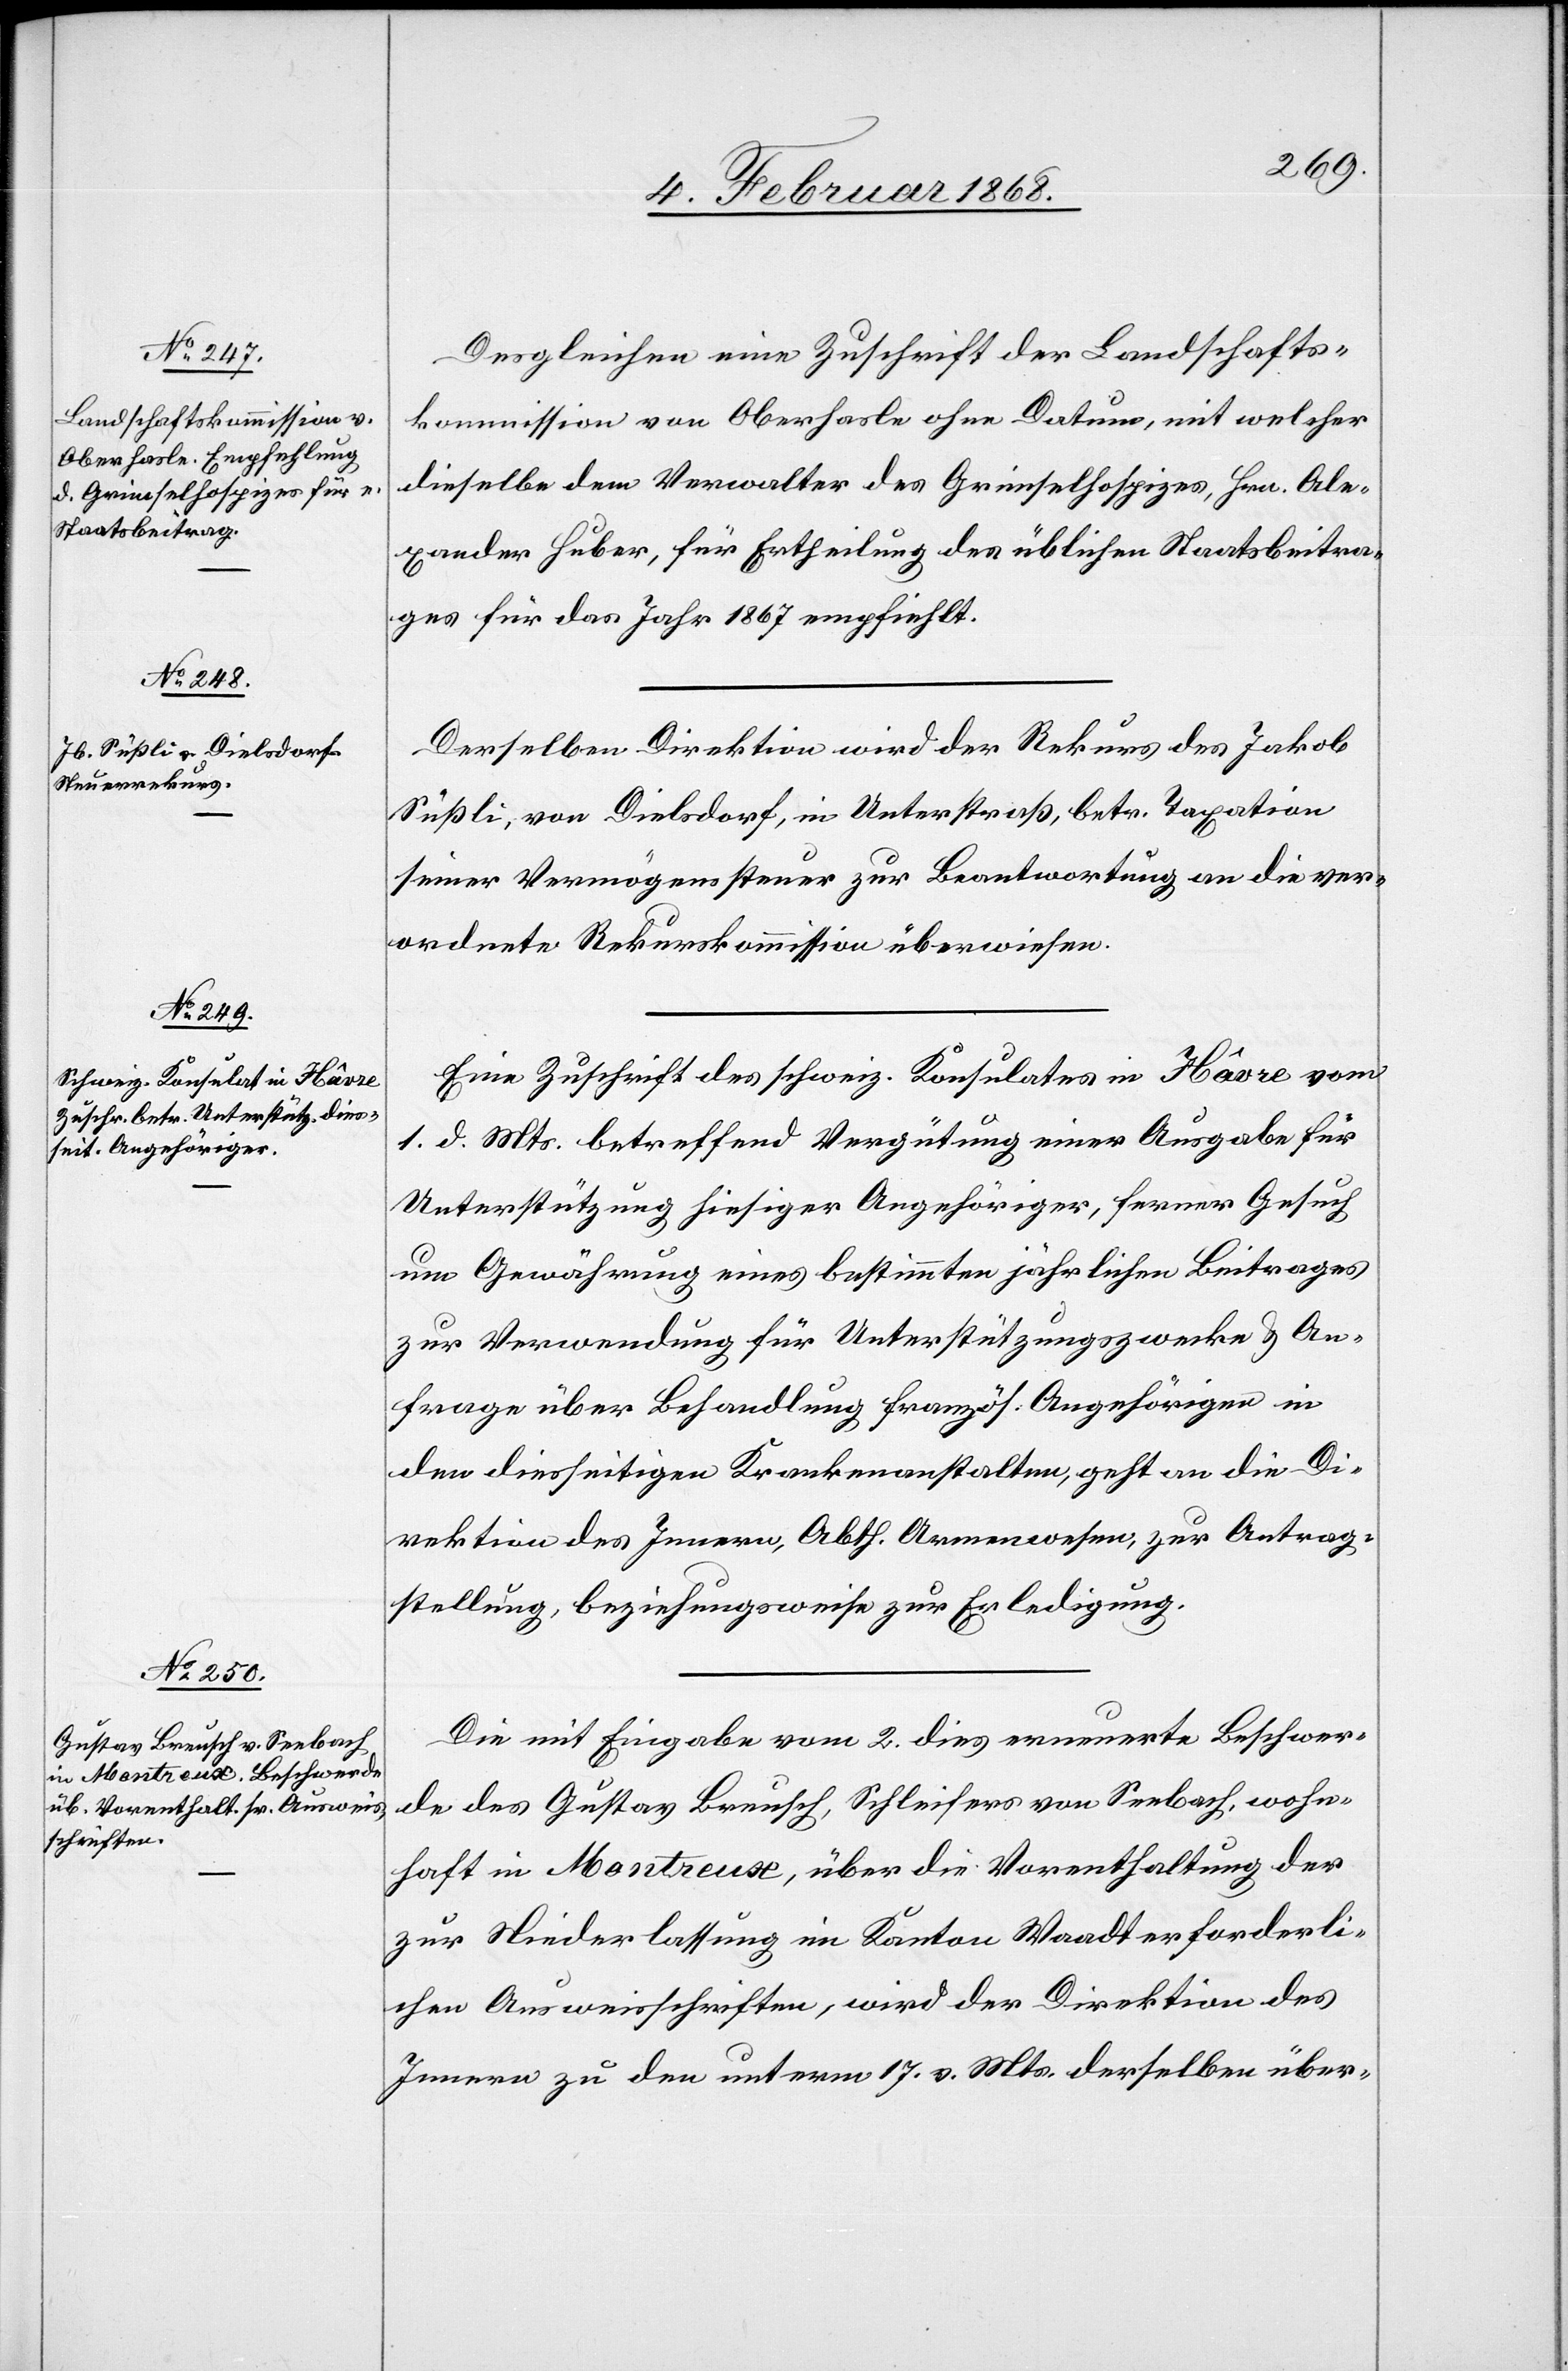
des Grimselhospizes, Hrn. Ale¬

5. Februar 1868.]
Desgleichen eine Zuschrift der Landschafts¬
kommission von Oberhasle ohne Datum, mit welcher
xander Huber, für Ertheilung des üblichen Staatsbeitra¬
ges für das Jahr 1867 empfiehlt.
Derselben Direktion wird der Rekurs des Jakob
Süßli, von Dielsdorf, in Unterstraß, betr. Taxation
seiner Vermögenssteuer zur Beantwortung an die ver¬
ordnete Rekurskommission überwiesen.
Eine Zuschrift des schweiz. Konsulates in Hâvre vom
1. d. Mts. betreffend Vergütung einer Ausgabe für
Unterstützung hiesiger Angehöriger, ferner Gesuch
um Gewährung eines bestimmten jährlichen Beitrages
zur Verwendung für Unterstützungszwecke & An¬
frage über Behandlung französ. Angehörigen in
den diesseitigen Krankenanstalten, geht an die Di¬
rektion des Innern, Abth. Armenwesen, zur Antrag¬
stellung, beziehungsweise zur Erledigung.
Die mit Eingabe vom 2. dies erneuerte Beschwer¬
de des Gustav Breusch, Schleifers von Seebach, wohn¬
haft in Montreux, über die Vorenthaltung der
zur Niederlassung im Kanton Waadt erforderli¬
chen Ausweisschriften, wird der Direktion des
Innern zu den unterm 17. v. Mts. derselben über-